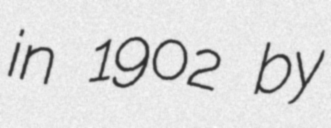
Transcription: in 1902 by